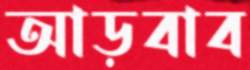
আড়বাব